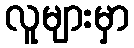
လူများမှာ